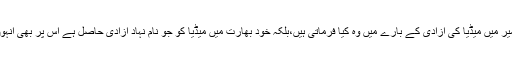
کوئی پوچھے کہ کشمیر میں میڈیا کی آزادی کے بارے میں وہ کیا فرماتی ہیں،بلکہ خود بھارت میں میڈیا کو جو نام نہاد آزادی حاصل ہے اس پر بھی انہوں نے کچھ ارشاد کیا؟